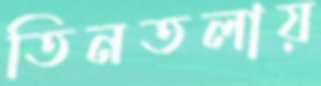
তিনতলায়